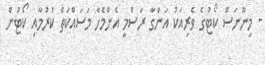
- މިނޫނަސް ކޯޓުގެ ވެރިއަކު އަންގާ ރަސްމީ އެންމެހާ މަސައްކަތް ކުރުމާއި ކޯޓުން